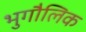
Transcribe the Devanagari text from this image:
भुगौलिक